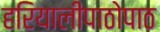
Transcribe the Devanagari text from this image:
हरियालीपाठोपाठ